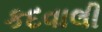
કદવાલી